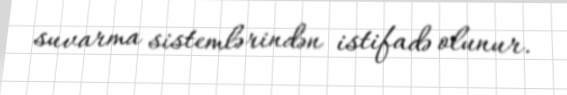
suvarma sistemlərindən istifadə olunur.